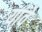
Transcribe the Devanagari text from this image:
यांवे